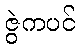
ဇွဲကပင်